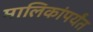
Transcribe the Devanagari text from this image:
मालिकांपर्यंत